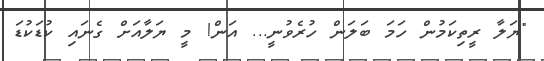
"ޔަލާ ރީތިކަމުން ހަމަ ބަލަން ހުރެވުނީ... އަން! މީ ޔަލާއަށް ގެނައި ކުޑަކުޑަ